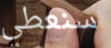
سنعطي